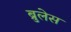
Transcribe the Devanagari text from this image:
ब्रुलेस